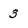
Character: 3